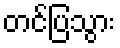
တင်ပြသွား